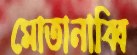
মোতানাব্বি